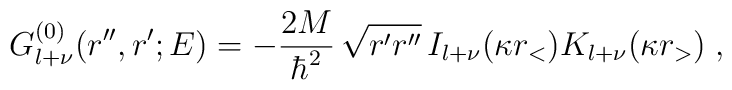
G^{(0)}_{l+\nu} (r'',r';E)     =  -\frac{2M}{\hbar^{2}} \,\sqrt{ r'r''} \,I_{l+\nu}( \kappa r_{<} ) K_{l+ \nu} (\kappa r_{>} )\; ,